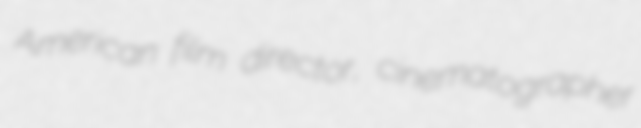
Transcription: American film director, cinematographer